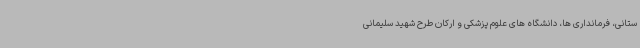
ستانی، فرمانداری ها، دانشگاه های علوم پزشکی و ارکان طرح شهید سلیمانی